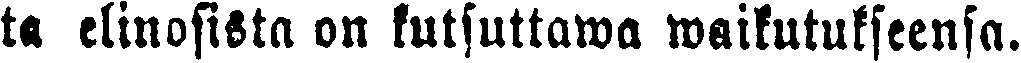
ta elinosista on kutsuttawa waikutukseensa.